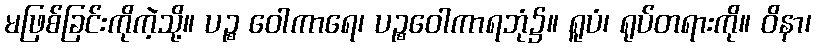
မဖြစ်ခြင်းကိုကဲ့သို့။ ပဉ္စ ဝေါကာရေ၊ ပဉ္စဝေါကာရဘုံ၌။ ရူပံ၊ ရုပ်တရားကို။ ဝိနာ၊